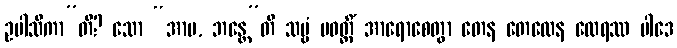
ဥပါသိကာ”တိ? သော “အာမ, ဘန္တေ”တိ သဗ္ဗံ ပဝတ္တိံ အာရောစေတွာ တေန တေလေန ထေရဿ ပါဒေ